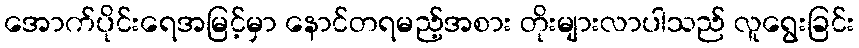
အောက်ပိုင်းရေအမြင့်မှာ နောင်တရမည့်အစား တိုးများလာပါသည် လူရွေးခြင်း